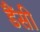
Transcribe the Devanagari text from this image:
डैंसी